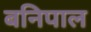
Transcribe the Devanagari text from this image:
बनिपाल